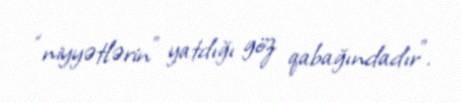
“niyyətlərin” yatdığı göz qabağındadır”.